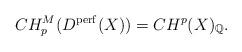
LaTeX: \begin{align*}CH^{M}_{p}(D^{\mathrm{perf}}(X)) = CH^{p}(X)_{\mathbb{Q}}.\end{align*}